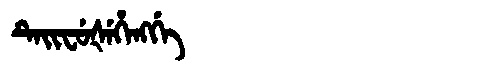
Manchu: ᡨᡝᡳᠸᡠᡧᡝᡥᡝᠩᡤᡝ
Romanization: TEIFUŠEHENGGE